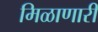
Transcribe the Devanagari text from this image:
मिळाणारी